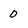
Character: D